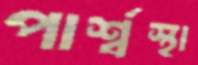
পার্শ্বস্থা